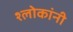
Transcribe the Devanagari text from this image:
श्लोकांनी